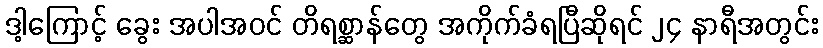
ဒါ့ကြောင့် ခွေး အပါအဝင် တိရစ္ဆာန်တွေ အကိုက်ခံရပြီဆိုရင် ၂၄ နာရီအတွင်း